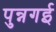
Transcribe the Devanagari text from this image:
पुन्नगई